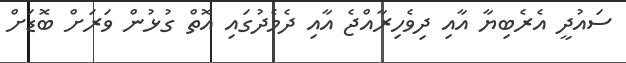
ސައުދީ އެރެބިޔާ އާއި ދިވެހިރާއްޖެ އާއި ދެމެދުގައި އޮތް ގުޅުން ވަރަށް ބޮޑަށް